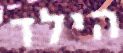
הילד